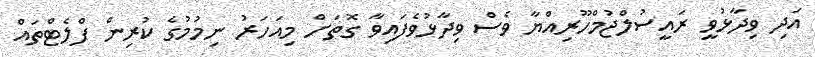
އަދި ވިދާޅުވީ ރައީސުލްޖުމްހޫރިއްޔާ ވެސް ވިދާޅުވެފައިވާ ގޮތަށް މިއަހަރު ނިމުމުގެ ކުރިން ފްލެޓްތައް